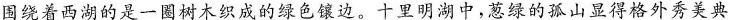
围绕着西湖的是一圈树木织成的绿色镶边。十里明湖中，葱绿的孤山显得格外秀美典